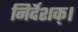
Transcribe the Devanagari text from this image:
निर्देशक्।